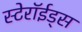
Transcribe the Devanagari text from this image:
स्टेरॉईड्स